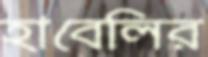
হাবেলির